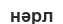
нәрл